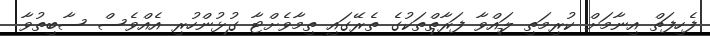
ފެހިފަތް އިނާމަށް ކުރިމަތި ލައްވާ ފަރާތްތަކުގެ ތެރޭގައި ތިމާވެށްޓާ ގުޅުންހުރި އެއްވެސް ސާބިތުވާ